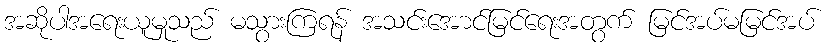
အဆိုပါအရေးယူမှုသည် မသွားကြရန် အသင်းအောင်မြင်ရေးအတွက် မြင်အပ်မမြင်အပ်